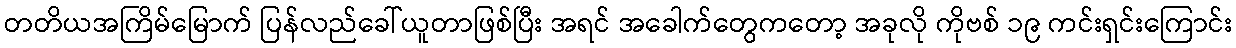
တတိယအကြိမ်မြောက် ပြန်လည်ခေါ်ယူတာဖြစ်ပြီး အရင် အခေါက်တွေကတော့ အခုလို ကိုဗစ် ၁၉ ကင်းရှင်းကြောင်း